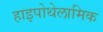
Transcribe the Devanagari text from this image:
हाइपोथेलामिक